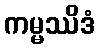
ကမ္မဿိဒံ